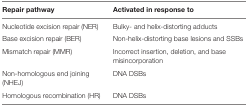
| Repair pathway | Activated in response to |
 | --- | --- |
 | Nucleotide excision repair (NER) | Bulky- and helix-distorting adducts |
 | Base excision repair (BER) | Non-helix-distorting base lesions and SSBs |
 | Mismatch repair (MMR) | Incorrect insertion, deletion, and base misincorporation |
 | Non-homologous end joining (NHEJ) | DNA DSBs |
 | Homologous recombination (HR) | DNA DSBs |